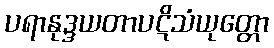
ပရာနုဒ္ဒယတာပဋိသံယုတ္တော